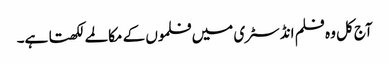
آج کل و ہ فلم انڈسٹری میں فلموں کے مکالمے لکھتا ہے۔